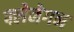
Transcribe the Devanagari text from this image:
फ्लेनेगन